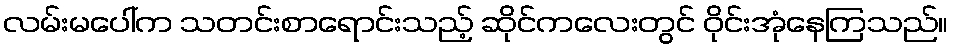
လမ်းမပေါ်က သတင်းစာရောင်းသည့် ဆိုင်ကလေးတွင် ဝိုင်းအုံနေကြသည်။